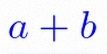
\frac{a+b}{c+d}